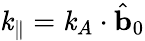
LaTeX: \mathit{k}_{\parallel}=\mathbf{{\mathit{k}}}_{A}\cdot\hat{{\mathbf{{b}}}}_{0}